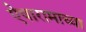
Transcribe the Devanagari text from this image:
ऐषारामाच्या